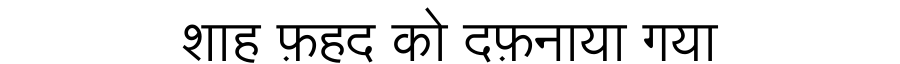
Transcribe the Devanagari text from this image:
शाह फ़हद को दफ़नाया गया